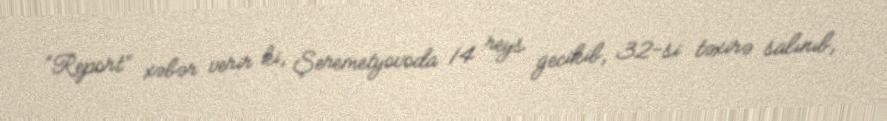
“Report” xəbər verir ki, Şeremetyovoda 14 reys gecikib, 32-si təxirə salınıb,